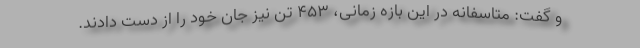
و گفت: متاسفانه در این بازه زمانی، ۴۵۳ تن نیز جان خود را از دست دادند.